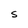
Character: S